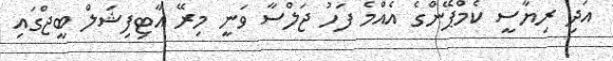
އަދި ރިޔާސީ ކެމްޕޭންގެ އެއްމެ ފަހު ޖަލްސާ ވަނީ މިރޭ އާޓިފިޝަލް ބީޖްގައި